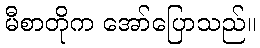
မီစာတိုက အော်ပြောသည်။